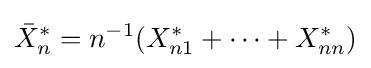
{\bar {X}}_{n}^{*}=n^{-1}(X_{n1}^{*}+\cdots +X_{nn}^{*})